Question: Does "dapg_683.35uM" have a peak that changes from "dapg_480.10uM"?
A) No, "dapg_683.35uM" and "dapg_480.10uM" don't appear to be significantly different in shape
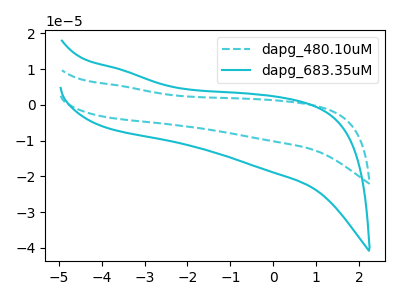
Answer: <think>The cyan dashed curve "dapg_480.10uM" has no peaks. The cyan curve "dapg_683.35uM" has no peaks.
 Neither "dapg_683.35uM" or "dapg_480.10uM" have any peaks.</think>
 <answer>A) No, "dapg_683.35uM" and "dapg_480.10uM" don't appear to be significantly different in shape</answer>
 <eval>A</eval>